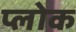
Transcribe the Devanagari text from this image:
प्लोक